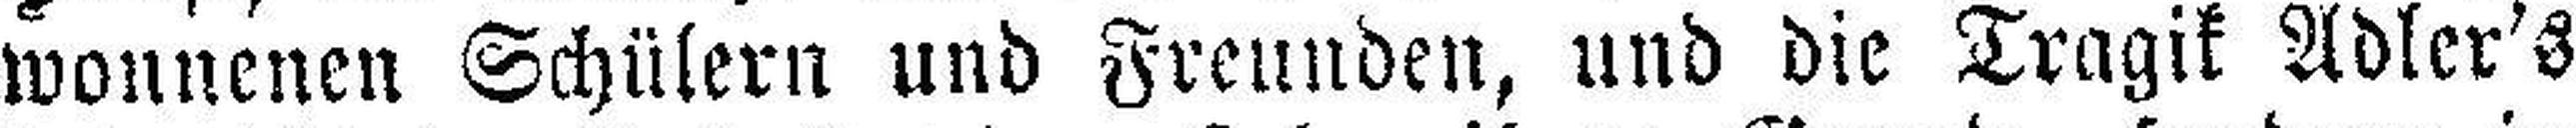
wonnenen Schülern und Freunden, und die Tragik Adler's